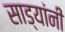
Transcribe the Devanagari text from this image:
साड्यांनी